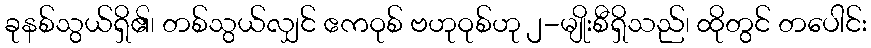
ခုနစ်သွယ်ရှိ၏၊ တစ်သွယ်လျှင် ဧကဝုစ် ဗဟုဝုစ်ဟု ၂-မျိုးစီရှိသည်၊ ထိုတွင် တပေါင်း